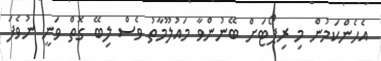
އެހެންކަމުން މި ރިޕޯޓަށް ބޭނުންވާ މައުލޫމާތު ވެސް ލިބޭ ގޮތް ވަނީ ނުވެފަ